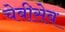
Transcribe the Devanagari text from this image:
चेबीसेव